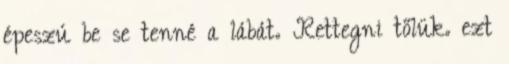
épeszú be se tenné a lábát. Rettegni tőlük. ezt